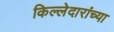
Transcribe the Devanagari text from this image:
किल्लेदारांच्या